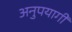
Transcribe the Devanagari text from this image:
अनुपयागी